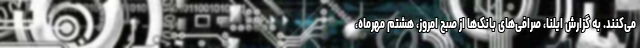
می‌کنند. به گزارش ایلنا، صرافی‌های بانک‌ها از صبح امروز، هشتم مهرماه،